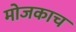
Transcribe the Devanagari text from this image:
मोजकाच